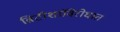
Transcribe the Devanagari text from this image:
ब्रिटीशांविरोधात